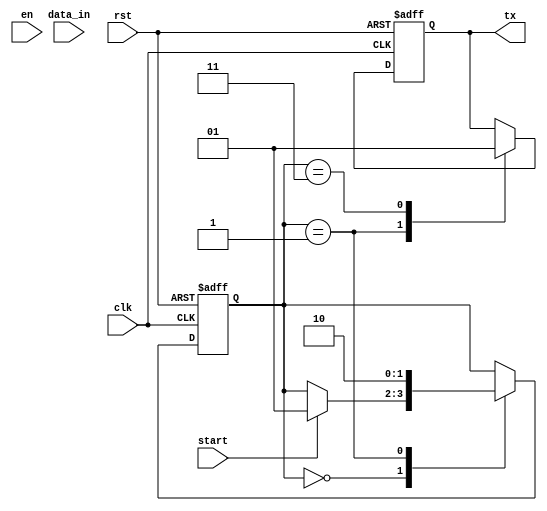
module uart_transmitter(
    input wire clk,
    input wire rst,
    input wire [7:0] data_in,
    input wire start,
    input wire en,
    output reg tx
);

// Shift register to store and shift out data bits
reg [9:0] shift_reg;

// Baud rate generator to set transmission speed
reg [3:0] baud_counter;
parameter BAUD_RATE = 9600; // desired baud rate
reg baud_tick;

// State machine for controlling timing and sequence of data transmission
parameter IDLE = 0;
parameter START_BIT = 1;
parameter DATA = 2;
parameter STOP_BIT = 3;
reg [1:0] state;

always @(posedge clk or posedge rst) begin
    if (rst) begin
        shift_reg <= 10'h7FF; // Initialize shift register with all ones (start bit)
        baud_counter <= 4'h0;
        baud_tick <= 1'b0;
        state <= IDLE;
        tx <= 1'b1; // Idle state, transmit high
    end else begin
        case(state)
            IDLE: begin
                if (start) begin
                    state <= START_BIT;
                end
            end
            
            START_BIT: begin
                tx <= 1'b0; // Start bit
                shift_reg <= {1'b0, data_in, 1'b1}; // Insert start and stop bits
                baud_counter <= 4'h0;
                state <= DATA;
            end
            
            DATA: begin
                if (baud_tick) begin
                    shift_reg <= {shift_reg[0], shift_reg[10:1]}; // Shift out data bits
                    if (baud_counter == BAUD_RATE) begin
                        baud_counter <= 4'h0;
                        state <= STOP_BIT;
                    end else begin
                        baud_counter <= baud_counter + 1;
                    end
                end
            end
            
            STOP_BIT: begin
                tx <= 1'b1; // Stop bit
                if (baud_counter == BAUD_RATE) begin
                    baud_counter <= 4'h0;
                    state <= IDLE;
                end else begin
                    baud_counter <= baud_counter + 1;
                end
            end
        endcase
    end
end

// Baud rate generator
always @(posedge clk or posedge rst) begin
    if (rst) begin
        baud_tick <= 1'b0;
    end else begin
        if (baud_counter == BAUD_RATE) begin
            baud_counter <= 4'h0;
            baud_tick <= ~baud_tick;
        end else begin
            baud_counter <= baud_counter + 1;
        end
    end
end

endmodule